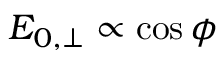
E _ { 0 , \perp } \propto \cos \phi